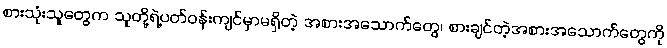
စားသုံးသူတွေက သူတို့ရဲ့ပတ်ဝန်းကျင်မှာမရှိတဲ့ အစားအသောက်တွေ၊ စားချင်တဲ့အစားအသောက်တွေကို